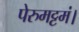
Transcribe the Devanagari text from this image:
पेरुमट्टमं।